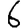
Digit: 6